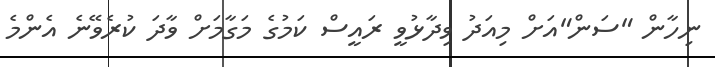
ނިހާން "ސަން"އަށް މިއަދު ވިދާޅުވީ ރައީސް ކަމުގެ މަގާމަށް ވާދަ ކުރެވޭނެ އެންމެ